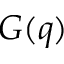
G ( q )